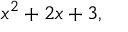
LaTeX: x ^ { 2 } + 2 x + 3 ,